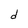
Character: d